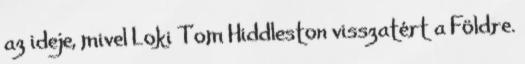
az ideje, mivel Loki Tom Hiddleston visszatért a Földre.